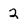
Character: 2